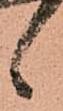
候